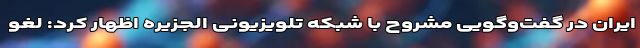
ایران در گفت‌وگویی مشروح با شبکه تلویزیونی الجزیره اظهار کرد: لغو